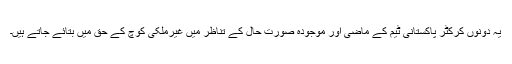
یہ دونوں کرکٹر پاکستانی ٹیم کے ماضی اور موجودہ صورت حال کے تناظر میں غیرملکی کوچ کے حق میں بتائے جاتے ہیں۔